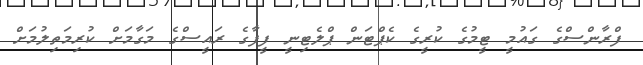
ފްރާންސްގެ ގައުމީ ޓީމުގެ ކުރީގެ ކެޕްޓަން ޕްލެޓިނީ ފީފާގެ ރައީސްގެ މަގާމަށް ކުރިމަތިލުމަށް